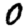
Digit: 0